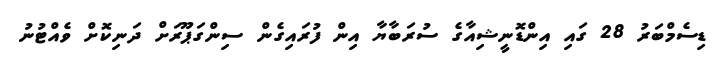
ޑިސެމްބަރު 28 ގައި އިންޑޮނީޝިއާގެ ސުރަބާޔާ އިން ފުރައިގެން ސިންގަޕޫރަށް ދަނިކޮށް ވެއްޓުނު